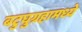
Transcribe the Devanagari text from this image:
बटुघुग्रहामध्ये